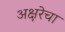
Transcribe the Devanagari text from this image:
अक्षरेचा